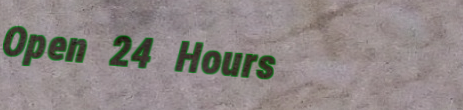
Open 24 Hours